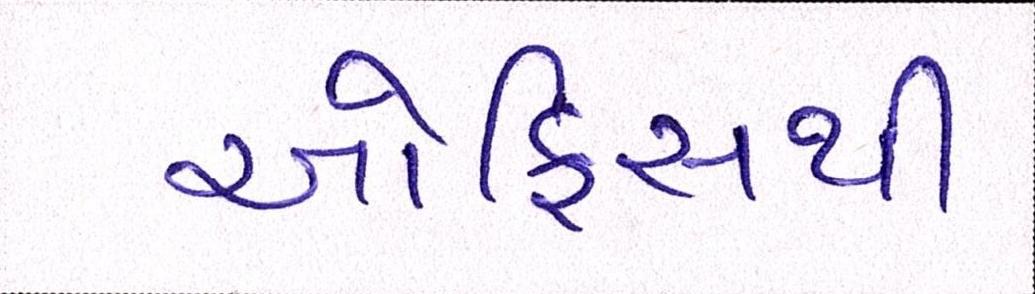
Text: ઓફિસથી